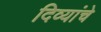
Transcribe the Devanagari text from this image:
दिव्यांचे